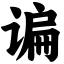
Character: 谝